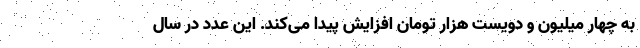
به چهار میلیون و دویست هزار تومان افزایش پیدا می‌کند. این عدد در سال